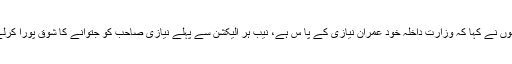
انہوں نے کہا کہ وزارت داخلہ خود عمران نیازی کے پا س ہے، نیب ہر الیکشن سے پہلے نیازی صاحب کو جتوانے کا شوق پورا کرلے۔